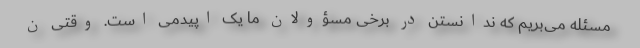
مسئله می‌بریم که ندانستن در برخی مسؤولان ما یک اپیدمی است. وقتی ن